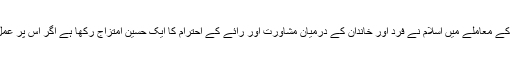
پسند کی شادی کے معاملے میں اسلام نے فرد اور خاندان کے درمیان مشاورت اور رائے کے احترام کا ایک حسین امتزاج رکھا ہے اگر اس پر عمل کیا جائے تو۔